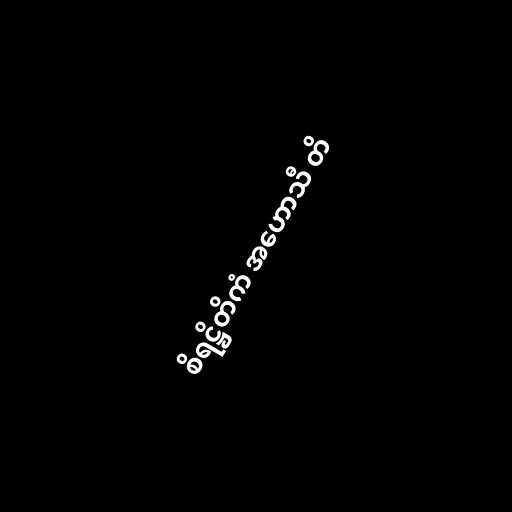
စိရဋ္ဌိတိကံ အဟောသီ တိ